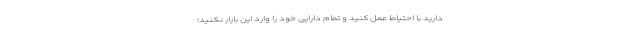
دارید با احتیاط عمل کنید و تمام دارایی خود را وارد این بازار نکنید؛